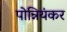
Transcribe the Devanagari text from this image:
पोन्नियंकर